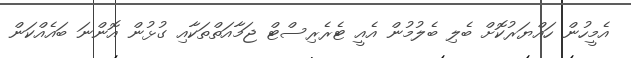
އެމީހުން ހައްޔަރުކޮށް ބެލި ބެލުމުން އެއީ ޓެރެރިސްޓް ޖަމާއަތްތަކާއި ގުޅުން އޮންނަ ބައެއްކަން